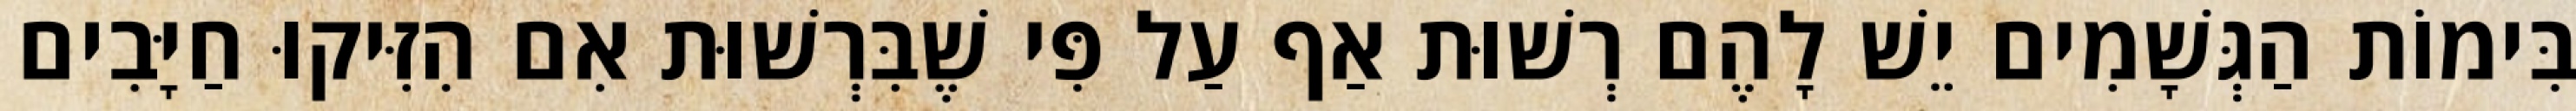
בִּימוֹת הַגְּשָׁמִים יֵשׁ לָהֶם רְשׁוּת אַף עַל פִּי שֶׁבִּרְשׁוּת אִם הִזִּיקוּ חַיָּבִים